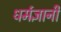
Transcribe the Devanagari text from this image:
धर्मज्ञानी